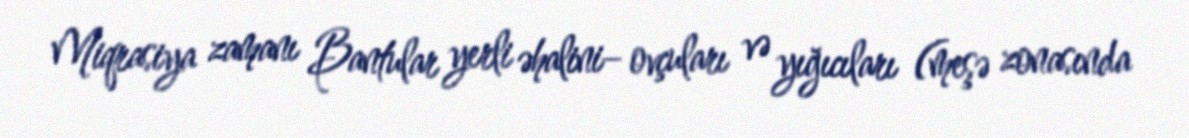
Miqrasiya zamanı Bantular yerli əhalini– ovçuları və yığıcıları (meşə zonasında